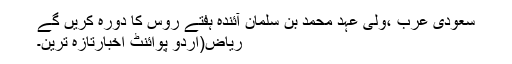
سعودی عرب ،ولی عہد محمد بن سلمان آئندہ ہفتے روس کا دورہ کریں گے
ریاض(اُردو پوائنٹ اخبارتازہ ترین۔